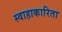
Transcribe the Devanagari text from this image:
स्वाहाकारिता